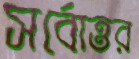
সর্বোত্তর